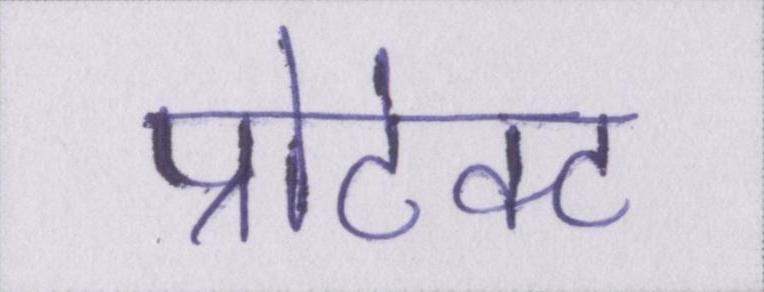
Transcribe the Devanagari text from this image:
प्रोटेक्ट